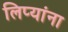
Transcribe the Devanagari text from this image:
लिप्यांना